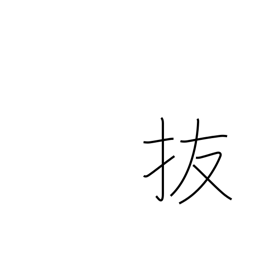
Meaning: omit